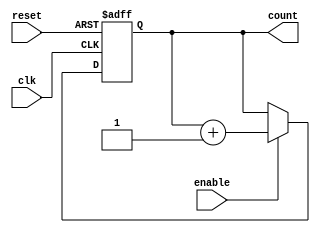
module async_counter (
    input wire clk,    // Clock signal
    input wire reset,  // Asynchronous reset signal
    input wire enable, // Enable signal for counting
    output reg [N-1:0] count // Output count value
);
    parameter N = 3; // Number of flip-flops, adjust as needed for max count value (2^N - 1)

    // Asynchronous reset and counting mechanism
    always @(posedge clk or posedge reset) begin
        if (reset) begin
            count <= 0; // Reset the count to 0
        end else if (enable) begin
            count <= count + 1; // Increment the count
        end
    end

endmodule